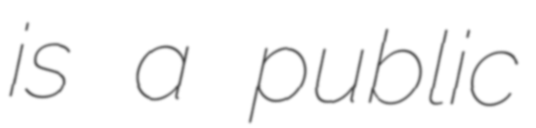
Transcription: is a public